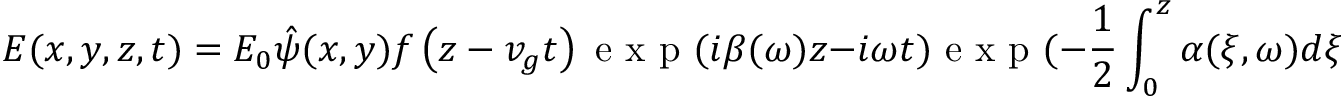
E ( x , y , z , t ) = E _ { 0 } \hat { \psi } ( x , y ) f \left( { z } - v _ { g } t \right) \mathrm { ~ e ~ x ~ p ~ } ( i \beta ( \omega ) z - i \omega t ) \mathrm { ~ e ~ x ~ p ~ } ( - \frac { 1 } { 2 } \int _ { 0 } ^ { z } \alpha ( { \xi } , \omega ) d \xi ) ,